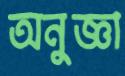
অনুজ্ঞা